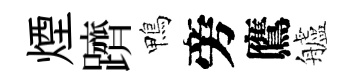
煙躋鴨旁鷹艫